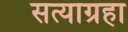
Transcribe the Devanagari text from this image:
सत्याग्रहा